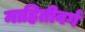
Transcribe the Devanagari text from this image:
माहितीवर्ग